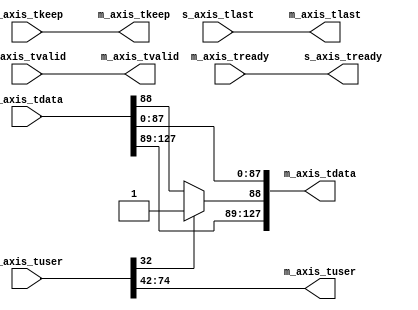
`timescale 1ns / 1ps
//////////////////////////////////////////////////////////////////////////////////
// Company: UIUC
// 
// Design Name: 
// Module Name: rc_to_cc
// Project Name: 
// Target Devices: 
// Tool Versions: 
// Description: 
// 
// Dependencies: 
// 
// Revision:
// Revision 0.01 - File Created
// Additional Comments:
// 
//////////////////////////////////////////////////////////////////////////////////


module rc_to_cc	#(
		// Users to add parameters here

		// User parameters ends
		// Do not modify the parameters beyond this line


		// Parameters of Axi Slave Bus Interface s_axis_up_rc
		parameter integer TDATA_WIDTH	= 128,
		
		parameter integer TKEEP_WIDTH   = 4,
		
        parameter integer RC_TUSER_WIDTH = 75,
        parameter integer CC_TUSER_WIDTH = 33
	) (
    input wire [TDATA_WIDTH-1 : 0] s_axis_tdata, // Transfer Data (optional)
    input wire [TKEEP_WIDTH-1 : 0] s_axis_tkeep, // Transfer Null Byte Indicators (optional)
    input wire s_axis_tlast, // Packet Boundary Indicator (optional)
    input wire [RC_TUSER_WIDTH-1 : 0] s_axis_tuser, // Transfer user sideband (optional)
    input wire s_axis_tvalid, // Transfer valid (required)
    output wire s_axis_tready, // Transfer ready (optional)
    
    output wire [TDATA_WIDTH-1 : 0] m_axis_tdata, // Transfer Data (optional)
    output wire [TKEEP_WIDTH-1 : 0] m_axis_tkeep, // Transfer Null Byte Indicators (optional)
    output wire m_axis_tlast, // Packet Boundary Indicator (optional)
    output wire [CC_TUSER_WIDTH-1 : 0] m_axis_tuser, // Transfer user sideband (optional)
    output wire m_axis_tvalid, // Transfer valid (required)
    input wire m_axis_tready // Transfer ready (optional)  
    );
    
    assign m_axis_tdata = {s_axis_tdata[127:89],
                          s_axis_tuser[32] ? 1'b1 : s_axis_tdata[88],
                          s_axis_tdata[87:0]};
    
    assign m_axis_tvalid = s_axis_tvalid;
    assign s_axis_tready = m_axis_tready;
    assign m_axis_tkeep = s_axis_tkeep;
    assign m_axis_tuser = {s_axis_tuser[74:43], s_axis_tuser[42]};
    assign m_axis_tlast = s_axis_tlast;    
endmodule